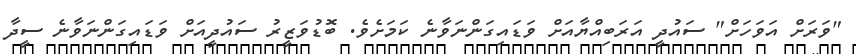
"ވަރަށް އަވަހަށް" ސައުދީ އަރަބިއްޔާއަށް ވަޑައިގަންނަވާނެ ކަމަށެވެ. ބޮޑުވަޒީރު ސައުދީއަށް ވަޑައިގަންނަވާނެ ސީދާ